Specificity of antivenomous sera (second communication) - Number 10
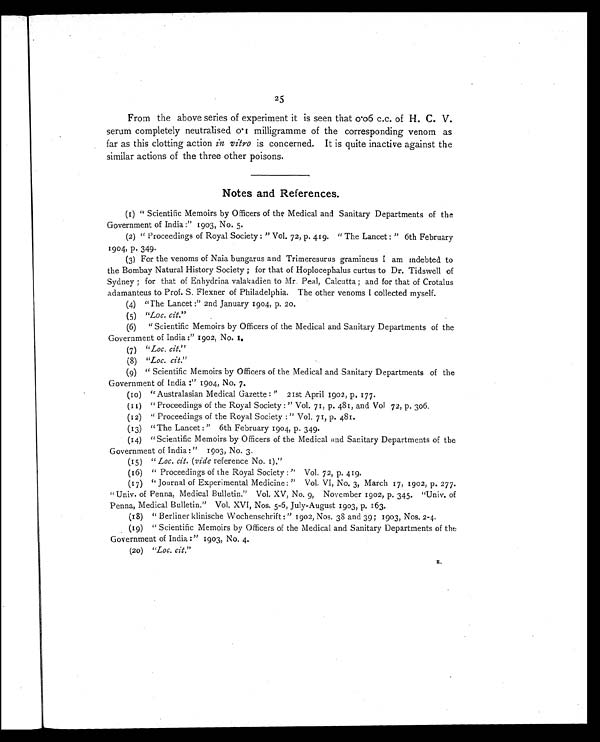
25
From the above series of experiment it is seen that 0.06 c.c. of H. C. V.
serum completely neutralised 0.1 milligramme of the corresponding venom as
far as this clotting action in vitro is concerned. It is quite inactive against the
similar actions of the three other poisons.
Notes and References.
(1) "Scientific Memoirs by Officers of the Medical and Sanitary Departments of the
Government of India :" 1903, No. 5.
(2) "Proceedings of Royal Society :" Vol. 72, p. 419. "The Lancet :" 6th February
1904, p. 349.
(3) For the venoms of Naia bungarus and Trimeresurus gramineus I am indebted to
the Bombay Natural History Society ; for that of Hoplocephalus curtus to Dr. Tidswell of
Sydney; for that of Enhydrina valakadien to Mr. Peal, Calcutta; and for that of Crotalus
adamanteus to Prof. S. Flexner of Philadelphia. The other venoms I collected myself.
(4) "The Lancet :" 2nd January 1904, p. 20.
(5) "Loc. cit. "
(6) "Scientific Memoirs by Officers of the Medical and Sanitary Departments of the
Government of India :" 1902, No. 1.
(7) " Loc. cit. ''
(8) " Loc. cit. "
(9) "Scientific Memoirs by Officers of the Medical and Sanitary Departments of the
Government of India :" 1904, No. 7.
(10) "Australasian Medical Gazette :" 21st April 1902, p. 177.
(11) "Proceedings of the Royal Society :" Vol. 71, p. 481, and Vol 72, p. 306.
(12) "Proceedings of the Royal Society :" Vol. 71, p. 481.
(13) "The Lancet :" 6th February 1904, p. 349.
(14) "Scientific Memoirs by Officers of the Medical and Sanitary Departments of the
Government of India :" 1903, No. 3.
(15) " Loc. cit. ( vide reference No. 1)."
(16) "Proceedings of the Royal Society :" Vol. 72, p. 419.
(17) "Journal of Experimental Medicine:" Vol. VI, No. 3, March 17, 1902, p. 277.
"Univ. of Penna, Medical Bulletin." Vol. XV, No. 9, November 1902, p. 345. "Univ. of
Penna, Medical Bulletin." Vol. XVI, Nos. 5-6, July-August 1903, p. 163.
(18) "Berliner klinische Wochenschrift :" 1902, Nos. 38 and 39; 1903, Nos. 2-4.
(19) "Scientific Memoirs by Officers of the Medical and Sanitary Departments of the
Government of India :" 1903, No. 4.
(20) "Loc. cit. "
E.